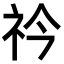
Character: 𥘞